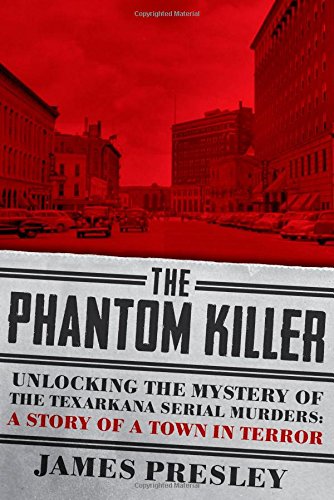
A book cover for The Phantom Killer: Unlocking the Mystery of the Texarkana Serial Murders: The Story of a Town in Terror; James Presley; Biographies & Memoirs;